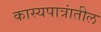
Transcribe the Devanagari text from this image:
कास्यपात्रांतील